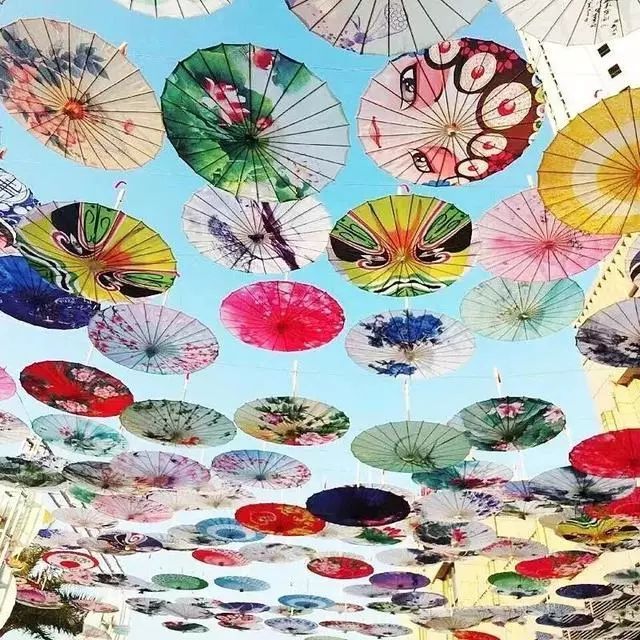
野渡花争发，春塘水乱流。